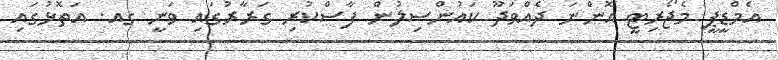
އެމްޑީޕީ މެޖޯރިޓީ އޮންނަ ދެއްވަދޫ ކައުންސިލުން ފާސްކުރި ގަރާރުގައި ވަނީ ގއ. އަތޮޅުގައި